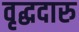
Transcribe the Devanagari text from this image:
वृद्धदारु